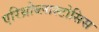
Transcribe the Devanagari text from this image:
एरिथ्रोब्लास्टोसिस